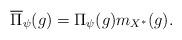
LaTeX: \begin{align*}\overline{\Pi}_{\psi} (g)=\Pi_{\psi} (g)m_{X^{\ast}}(g). \end{align*}